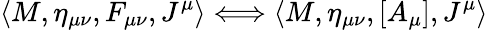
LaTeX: \left<M,\eta_{\mu\nu},F_{\mu\nu},J^{\mu}\right>\Longleftrightarrow\left<M,\eta_{\mu\nu},[A_{\mu}],J^{\mu}\right>